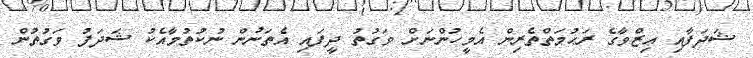
ޝަދަފާއި ޢިޒްވާގެ ރަޙުމަތްތެރިން އެމީހުންނަށް ވަގުތު ދީފައި އެތަނުން ނުކުތުމާއެކު ޝަދަފު ވަގުތުން